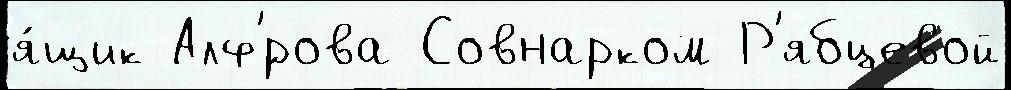
я́щик Алф'́рова Совнарком Р'ябцевой